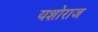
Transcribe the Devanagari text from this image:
यशोराज